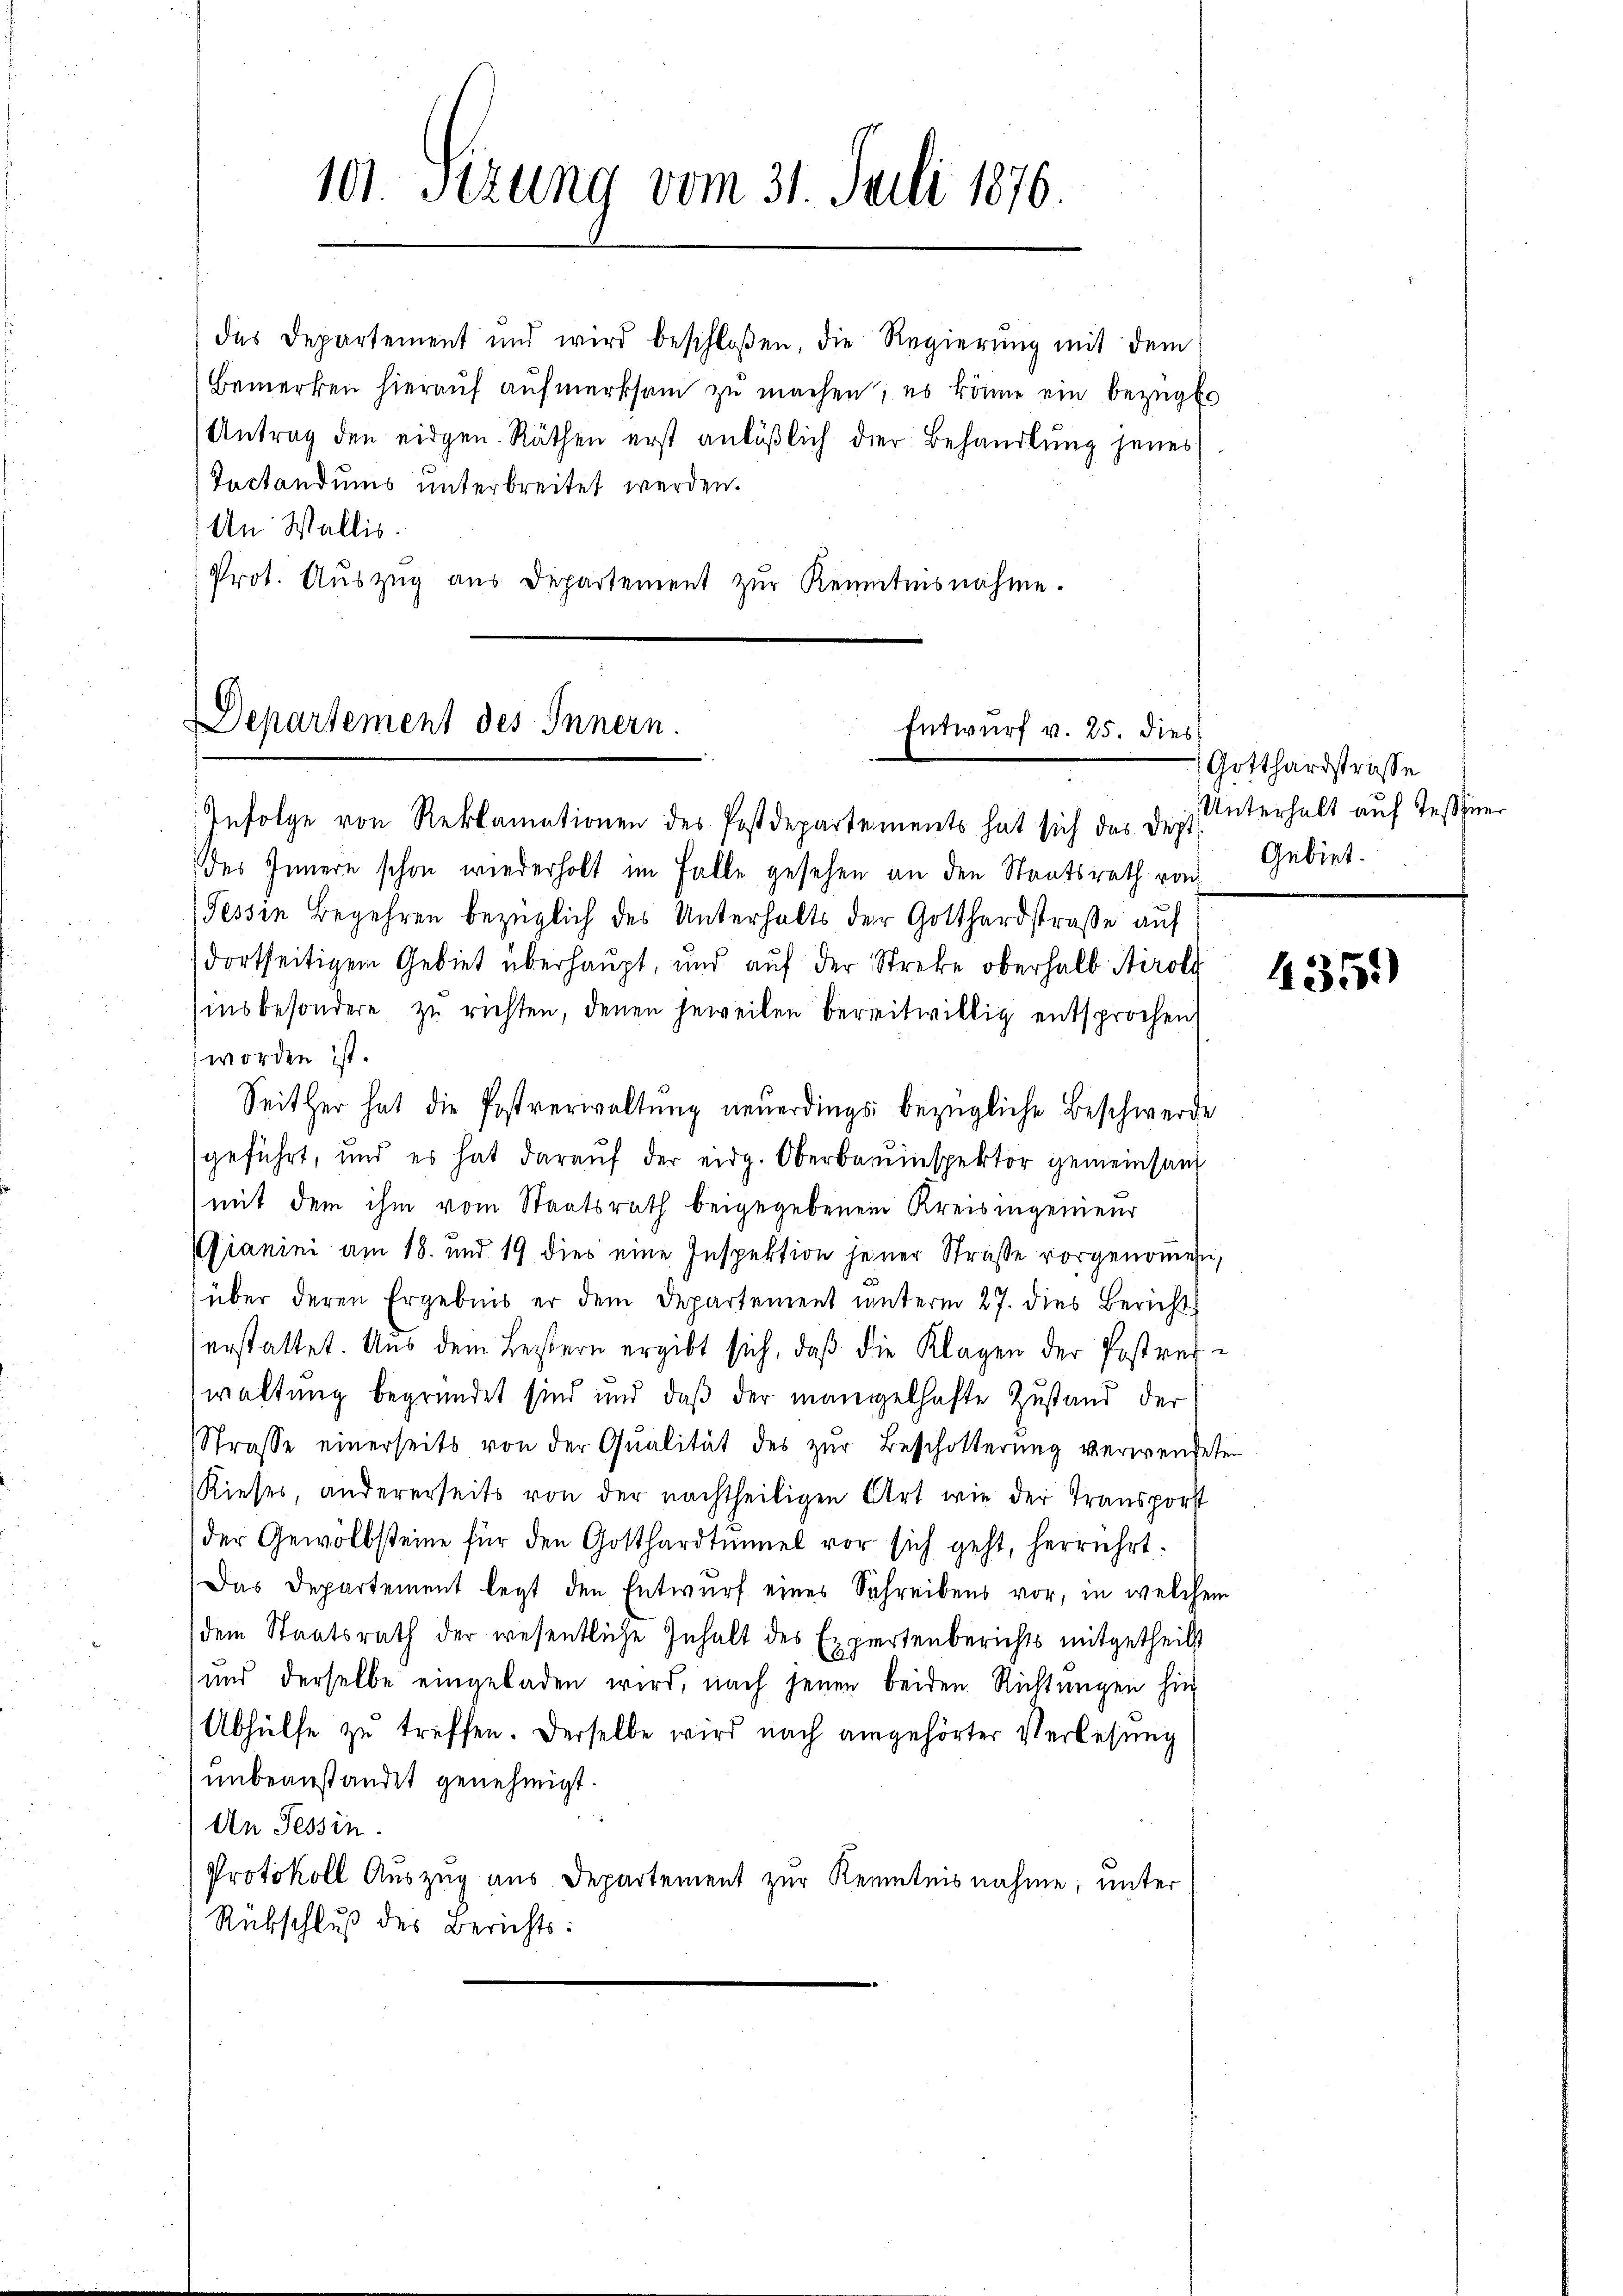
101 Sizung vom 31. Juli 1876

das Departement und wird beschloßen, die Regierung mit dem
Bemerken hieraŭf aŭfmerksam zu machen, es könne ein bezügli
Antrag den eidgen. Räthen erst anläßlich der Behandlung jenes
Instandums unterbreitet werden.
An Wallis.
Prot. Auszug aus Departement zur Kenntnisnahme.

Departement des Innern.
Entwurf v. 25. dies

Infolge von Reklamationen des Postdepartements hat sich das Dept
des Innern schon wiederholt im Falle gesehen an den Staatsrath von
Fessen Begehren bezüglich des Unterhalts der Gotthardstraße auf
dortseitigem Gebiet überhaupt, und aŭf der Streke oberhalb Airoli
insbesondere zu richten, denen jeweilen bereitwillig entsprochen
worden ist.
Seither hat die Postverwaltung neuerdings bezügliche Beschwerde
geführt, und es hat darauf der eidg. Oberbauinspektor gemeinsand
mit dem ihm vom Staatsrath beigegebenem Kreisingenieur
ianini am 18. und 19 dies eine Inspektion jener Straße vorgenommen,
über deren Ergebnis er dem Departement unterm 27. dies Bericht
erstattet. Aus dem Leistern ergibt sich, daß die Klagen der Postreiwaltung begründet sind und daß der mangelhafte Zustand der
Strasse einerseits von der Qualität des zur Beschotterung verwendeten
Kieses, andererseits von der nachtheiligen Art wie der Transport
der Gewölbsteine für den Gotthardtunnel vor sich geht, herrührt.
Das Departement legt den Entwurf eines Schreibens vor, in welchem
dem Staatsrath der wesentliche Inhalt des Expertenberichts mitgetheilt
und derselbe eingeladen wird, nach jenen beiden Richtungen hin
Abhülfe zu treffen. Derselbe wird nach angehörter Verlesung
unbeanstandet genehmigt.
An Tessin.
Protokoll Auszug aus Departement zur Kenntnisnahme, unter
Rübschluß des Berichts:

Gotthardstraße
Unterhalt auf Teßiner
Gebiet.

4351)